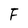
Character: F